Sanitation, dispensaries and jails vaccination Rajputana 1922-1927 - 1922-1927
Year: 1922
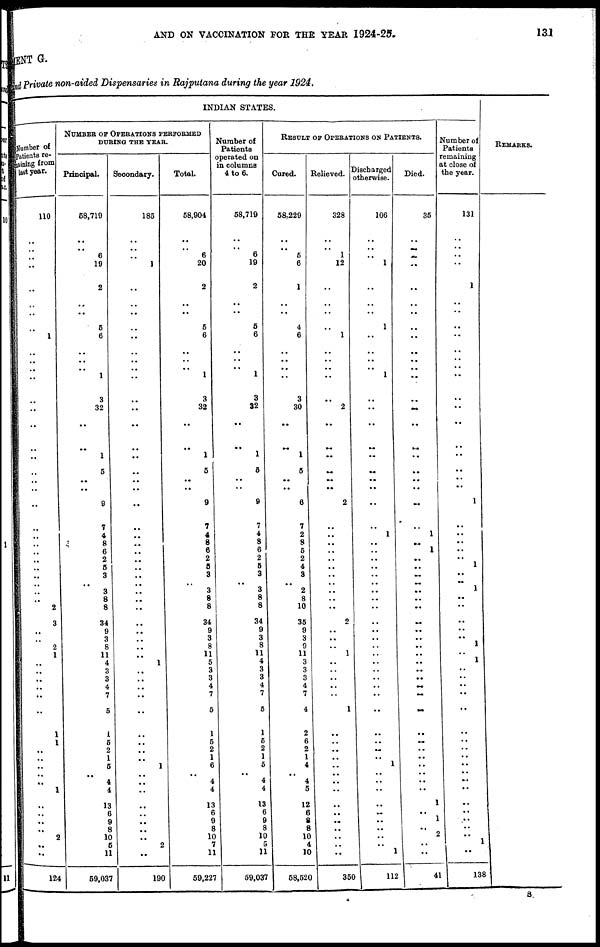
AND ON VACCINATION FOR THE YEAR 1924-25.
131
MENT G.
and Private non-aided Dispensaries in Rajputana during the year 1924.
INDIAN STATES.
Number of
Patients re¬
maining from
last year.
110
..
.. ..
..
..
..
..
..
1
..
..
..
..
..
..
..
..
..
..
..
..
..
..
..
..
..
..
..
..
..
..
..
2
3
..
..
2
1
..
..
..
..
..
..
1
1
..
..
..
..
..
1
..
..
..
..
2
..
..
124
NUMBER OF OPERATIONS PERFORMED
DURING THE YEAR.
Principal.
58,719
..
..
6
19
2
..
..
5
6
..
..
.. 1
3
32
..
..
1
5
..
..
9
7
4
8
6
2
5
3
..
3
8
8
34
9
3
8
11
4
3
3
4
7
5
1
5
2
1
5
..
4
4
13
6
9
8
10
5
111
59,037
Secondary.
185
..
.. ..
1
..
..
..
..
..
..
..
..
..
..
..
..
..
..
..
..
..
..
..
..
..
..
..
..
..
..
..
..
..
..
..
..
..
..
1
..
..
..
..
..
..
..
..
..
1
..
..
..
..
..
..
..
..
2
..
190
Total.
58,904
..
.. 6
20
2
..
..
5
6
..
..
.. 1
3
32
..
..
1
5
..
..
9
7
4
8
6
2
5
3
.. 3
8
8
34
9
3
8
11
5
3
3
4
7
5
1
5
2
1
6
.. 4
4
13
6
9
8
10
7
11
59,227
Number of
Patients
operated on
in columns
4 to 6.
58,719
..
.. 6
19
2
..
..
5
6
..
..
.. 1
3
32
..
..
1
5
..
..
9
7
4
8
6
2
5
3
.. 3
8
8
34
9
3
8
11
4
3
3
4
7
5
1
5
2
1
5
.. 4
4
13
6
9
8
10
5
11
59,037
RESULT OF OPERATIONS ON PATIENTS.
Cured.
58,229
..
.. 5
6
1
..
..
4
6
..
..
..
..
3
30
..
..
1
5
..
..
6
7
2
8
5
2
4
3
.. 2
8
10
35
9
3
9
11
3
3
3
4
7
4
2
6
2
1
4
.. 4
5
12
6
8
8
10
4
10
58,520
Relieved.
328
..
.. 1
12
..
..
..
..
1
..
..
..
..
..
2
..
..
..
..
..
..
2
..
..
..
..
..
..
..
..
..
..
..
2
..
..
..
1
..
..
..
..
..
1
..
..
..
..
..
..
..
..
..
..
..
..
..
..
..
350
Discharged
otherwise.
106
..
.. ..
1
..
..
..
1
..
..
..
.. 1
..
..
..
..
..
..
..
..
..
..
1
..
..
..
..
..
..
..
..
..
..
..
..
..
..
..
..
..
..
..
..
..
..
..
..
1
..
..
..
..
..
..
..
..
.. 1
112
Died.
35
..
.. ..
..
..
..
..
..
..
..
..
..
..
..
..
..
..
..
..
..
..
..
..
1
..
1
..
..
..
..
..
..
..
..
..
..
..
..
..
..
..
..
..
..
..
..
..
..
..
..
..
..
1
.. 1
..
2
..
..
41
Number of
Patients
remaining
at close of
the year.
131
..
.. ..
..
1
..
..
..
..
..
..
..
..
..
..
..
..
..
..
..
..
1
..
..
..
..
..
1
..
.. 1
..
..
..
..
.. 1
.. 1
..
..
..
..
..
..
..
..
..
..
..
..
..
..
..
..
..
..
1
..
138
REMARKS.
S.